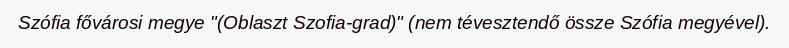
Szófia fővárosi megye "(Oblaszt Szofia-grad)" (nem tévesztendő össze Szófia megyével).